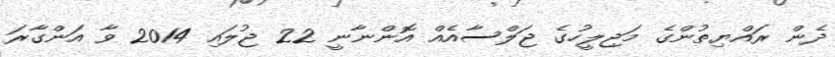
ދެން ރައްޔިތުންގެ މަޖިލީހުގެ ޖަލްސާއެއް އޮންނާނީ 22 ޖުލައި 2014 ވާ އަންގާރަ